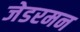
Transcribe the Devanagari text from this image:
जेडरमन